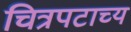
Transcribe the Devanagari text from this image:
चित्रपटाच्य